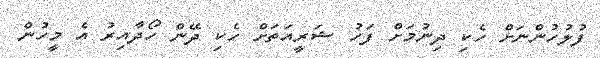
ފުލުހުންނަށް ހެކި ދިނުމަށް ފަހު ޝަރީއަތަށް ހެކި ދޭން ހޯދާއިރު އެ މީހުން